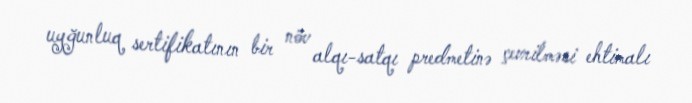
uyğunluq sertifikatının bir növ alqı-satqı predmetinə çevrilməsi ehtimalı